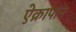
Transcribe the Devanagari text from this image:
ऐक्रापान